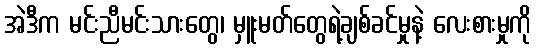
အဲဒီက မင်းညီမင်းသားတွေ၊ မှူးမတ်တွေရဲ့ချစ်ခင်မှုနဲ့ လေးစားမှုကို